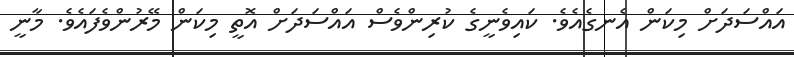
އައްސަދަށް މިކަން އެނގެއެވެ. ކައިވެނީގެ ކުރިންވެސް އައްސަދަށް އޮތީ މިކަން މޭރުންވެފައެވެ. މާނީ